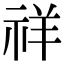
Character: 祥